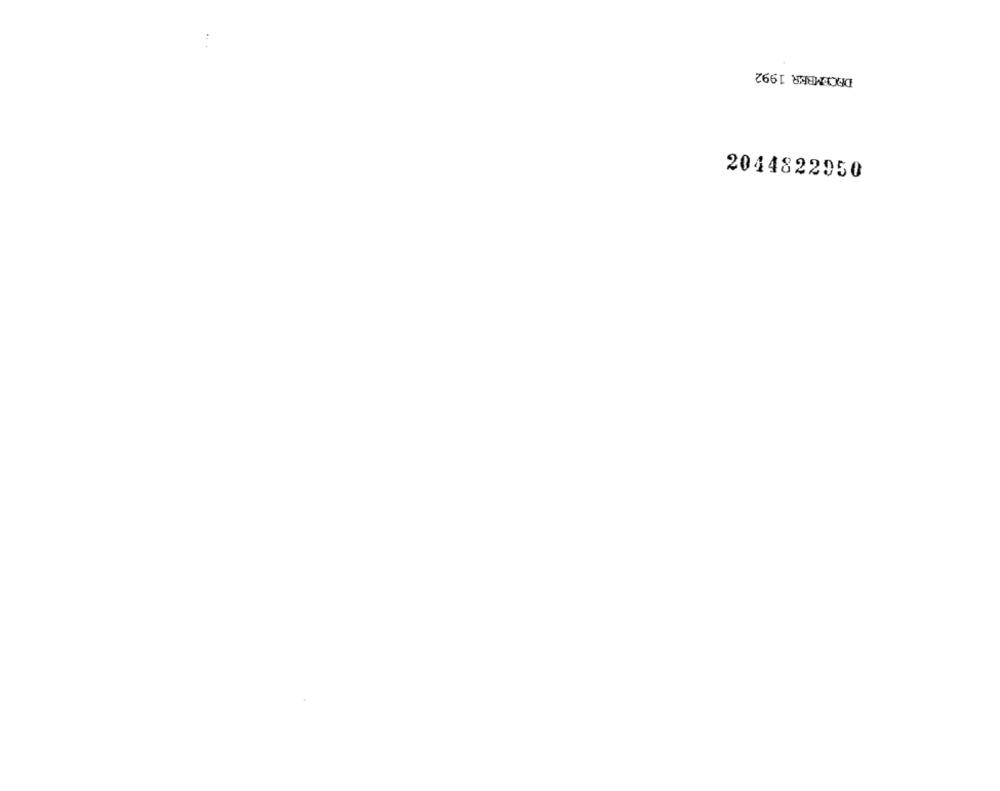
DECEMBER 1992
2044822950